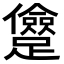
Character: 𨇓